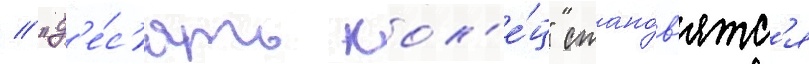
// "д'е́с'ять кол'е́ц" стано́в'ятс'я